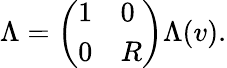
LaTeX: \Lambda=\left(\begin{array}{ll}{1}&{0}\\ {0}&{R}\end{array}\right)\Lambda(v).